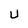
Character: U